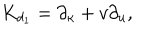
{ K } _ { d _ { 1 } } = \partial _ { \kappa } + v \partial _ { u } ,